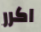
اكرر